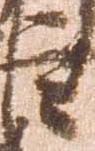
臣